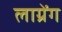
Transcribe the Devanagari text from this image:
लाग्रेंग